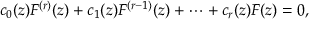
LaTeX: c _ { 0 } ( z ) F ^ { ( r ) } ( z ) + c _ { 1 } ( z ) F ^ { ( r - 1 ) } ( z ) + \cdots + c _ { r } ( z ) F ( z ) = 0 ,